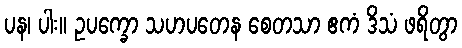
ပန၊ ပါး။ ဥပက္ခော သဟပတေန စေတသာ ဧကံ ဒိသံ ဖရိတွာ